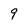
Character: 9